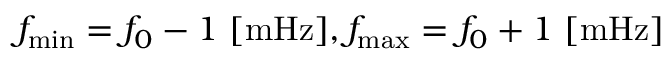
f _ { \mathrm { m i n } } = f _ { 0 } - 1 ~ [ \mathrm { m H z } ] , f _ { \mathrm { m a x } } = f _ { 0 } + 1 ~ [ \mathrm { m H z } ]